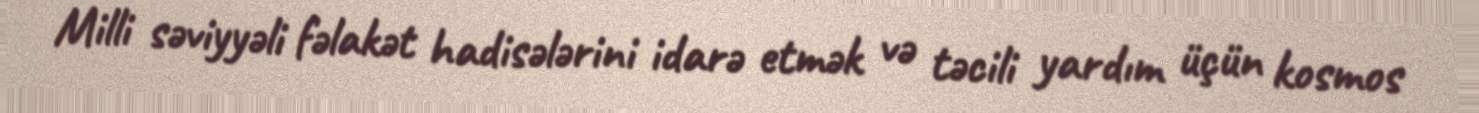
Milli səviyyəli fəlakət hadisələrini idarə etmək və təcili yardım üçün kosmos